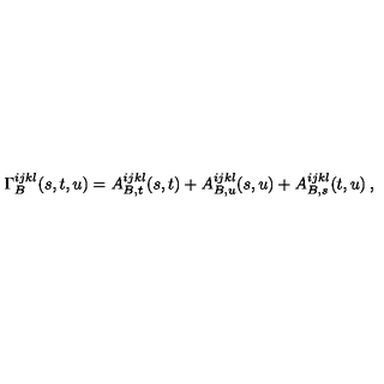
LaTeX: \Gamma _ { B } ^ { i j k l } ( s , t , u ) = A _ { B , t } ^ { i j k l } ( s , t ) + A _ { B , u } ^ { i j k l } ( s , u ) + A _ { B , s } ^ { i j k l } ( t , u ) \: ,